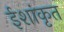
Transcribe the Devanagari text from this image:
ईशांकृत